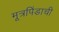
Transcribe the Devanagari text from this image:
मूत्रपिंडाची